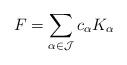
LaTeX: \begin{align*} F=\sum_{\alpha\in\mathcal{J}}c_{\alpha}K_{\alpha}\end{align*}